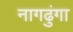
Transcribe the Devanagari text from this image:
नागढुंगा